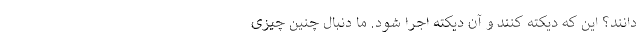
دانند؟ این که دیکته کنند و آن دیکته اجرا شود. ما دنبال چنین چیزی